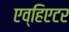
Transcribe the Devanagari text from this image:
एव्हिएटर